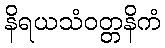
နိရယသံဝတ္တနိကံ